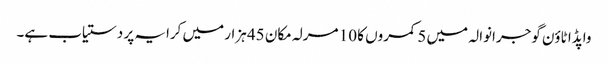
واپڈا ٹاؤن گوجرانوالہ میں 5 کمروں کا 10 مرلہ مکان 45 ہزار میں کرایہ پر دستیاب ہے۔